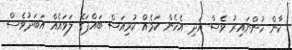
ކާން ހުންނައިރު ވެސް އަދި އެހެން ކަމެއް ކުރިއަސް ބައްޕަގެ ލަވައެއް އަބަދުވެސް